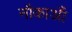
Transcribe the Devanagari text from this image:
नौकाआैं